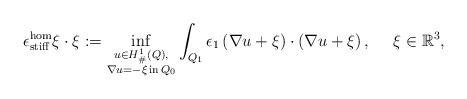
LaTeX: \begin{align*}\epsilon^{\rm hom}_{\rm stiff} \xi \cdot \xi : = \inf_{ \substack{ u \in H^1_{\#}(Q), \\ \nabla u = -\xi \,{\rm in}\,Q_0}} \int_{Q_1}\epsilon_1\left( \nabla u + \xi \right) \cdot \left( \nabla u + \xi \right),\ \ \ \ \xi\in{\mathbb R}^3, \end{align*}